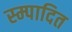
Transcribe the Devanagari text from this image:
स्म्पादित